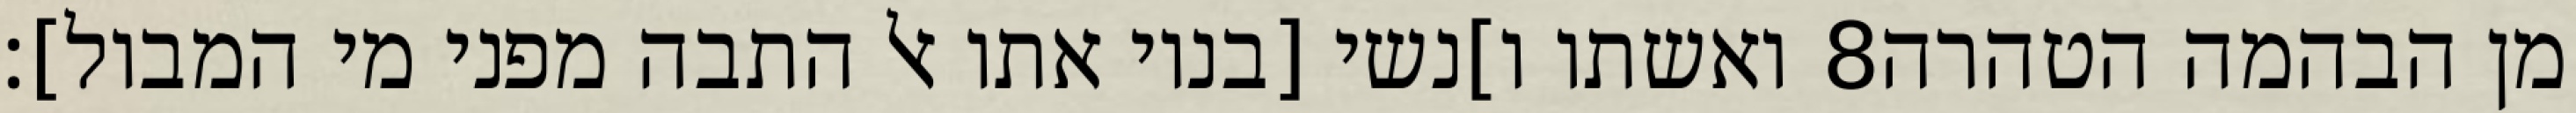
ואשתו ו]נשי [בניו אתו אל התבה מפני מי המבול]׃ ‎8‏ מן הבהמה הטהרה